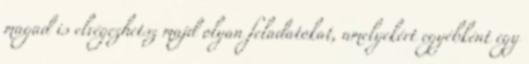
magad is elvégezhetsz majd olyan feladatokat, amelyekért egyébként egy